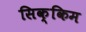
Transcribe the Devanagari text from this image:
सिक्‍िकम